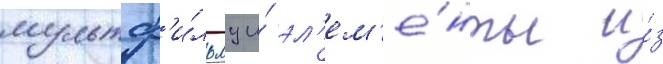
мультф'и́льму и́ эл'ем'е́нты и́з